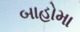
બાહોમા